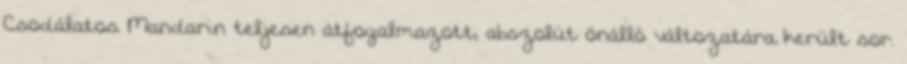
Csodálatos Mandarin teljesen átfogalmazott, abszolút önálló változatára került sor.